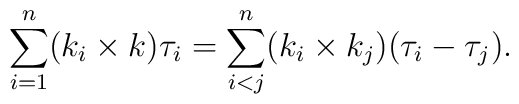
\sum_{i=1}^n (k_i \times k) \tau_i = \sum_{i<j}^n (k_i \times k_j )(\tau_i - \tau_j) .